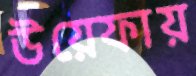
উয়েফায়